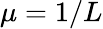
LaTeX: \mu=1/L